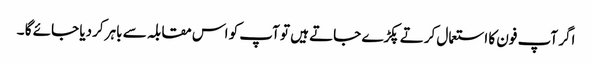
اگر آپ فون کا استعمال کرتے پکڑے جاتے ہیں تو آپ کو اس مقابلہ سے باہر کردیا جائے گا ۔